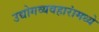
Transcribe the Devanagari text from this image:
उद्योगव्यवहारांमध्ये